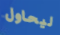
ليحاول